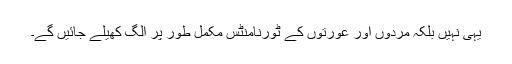
یہی نہیں بلکہ مردوں اور عورتوں کے ٹورنامنٹس مکمل طور پر الگ کھیلے جائیں گے۔